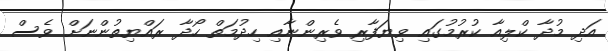
އަދި މުދާ ކްލިއާ ކުރުމުގައި ވިޔަފާރި ވެރިންނާއި ހިދުމަތް ހޯދާ ރައްޔިތުންނަށް ވެސް